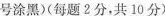
号涂黑)(每题2分,共 10 分